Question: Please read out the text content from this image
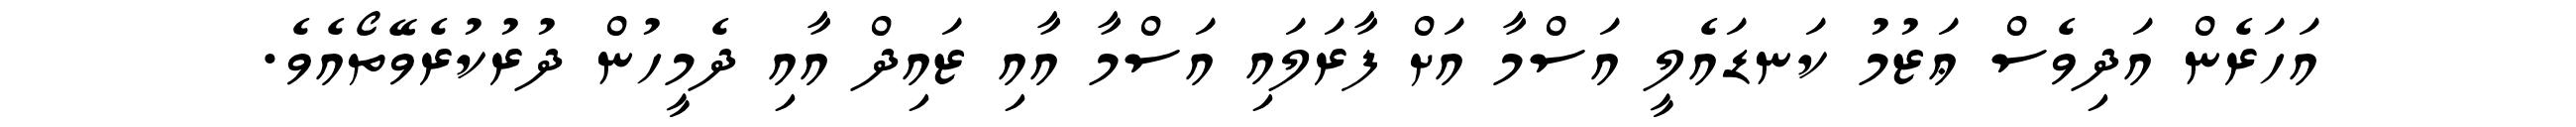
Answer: އަހަރެން އަދިވެސް ޢަޒުމު ކަނޑައެލީ އަސްމާ އަށް ފާރަލައި އަސްމާ އާއި ޒައިދް އާއި ދެމީހުން ދުރުކުރެވޭތޯއެވެ.